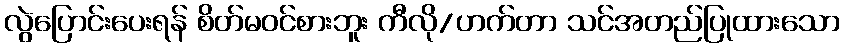
လွဲပြောင်းပေးရန် စိတ်မဝင်စားဘူး ကီလို/ဟက်တာ သင်အတည်ပြုထားသော